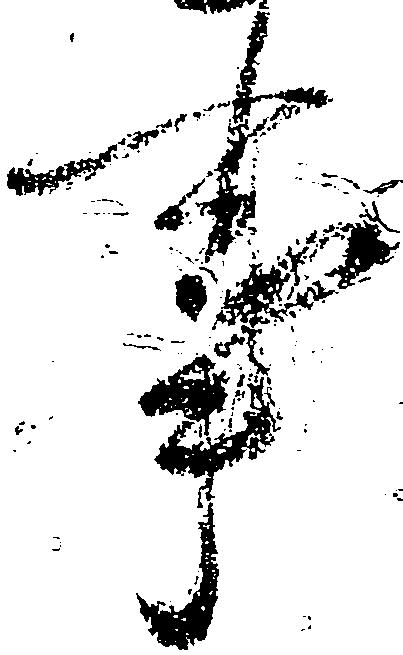
事